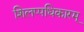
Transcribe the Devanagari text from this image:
शिलप्पधिकारम्‌